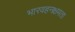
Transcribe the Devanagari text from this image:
भारवहनक्षमता